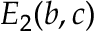
E _ { 2 } ( b , c )